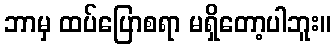
ဘာမှ ထပ်ပြောစရာ မရှိတော့ပါဘူး။